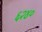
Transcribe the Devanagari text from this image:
६२४०